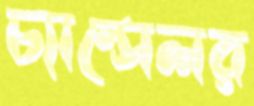
চ্যান্সেলর